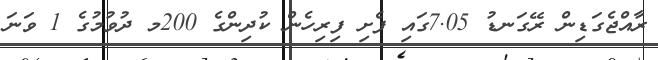
ރާއްޖެގަޑިން ރޭގަނޑު 7.05ގައި ފެށި ފިރިހެން ކުދިންގެ 200މ ދުވުމުގެ 1 ވަނަ